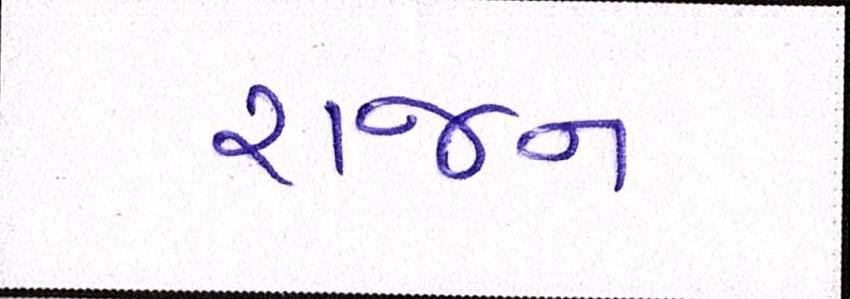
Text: રાજન